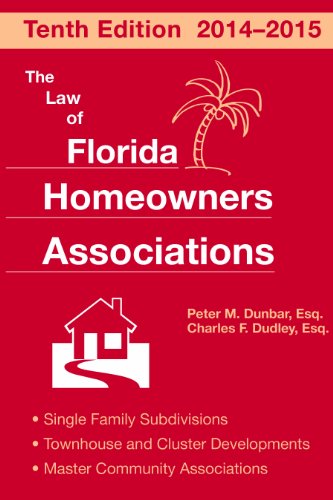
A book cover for Law of Florida Homeowners Associations; Peter Dunbar; Business & Money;